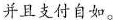
并且支付自如。